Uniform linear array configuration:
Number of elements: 4
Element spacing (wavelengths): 0.75
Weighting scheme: hamming
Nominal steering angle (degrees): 15
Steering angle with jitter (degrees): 13.516
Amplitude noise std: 0.05
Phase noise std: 0.05

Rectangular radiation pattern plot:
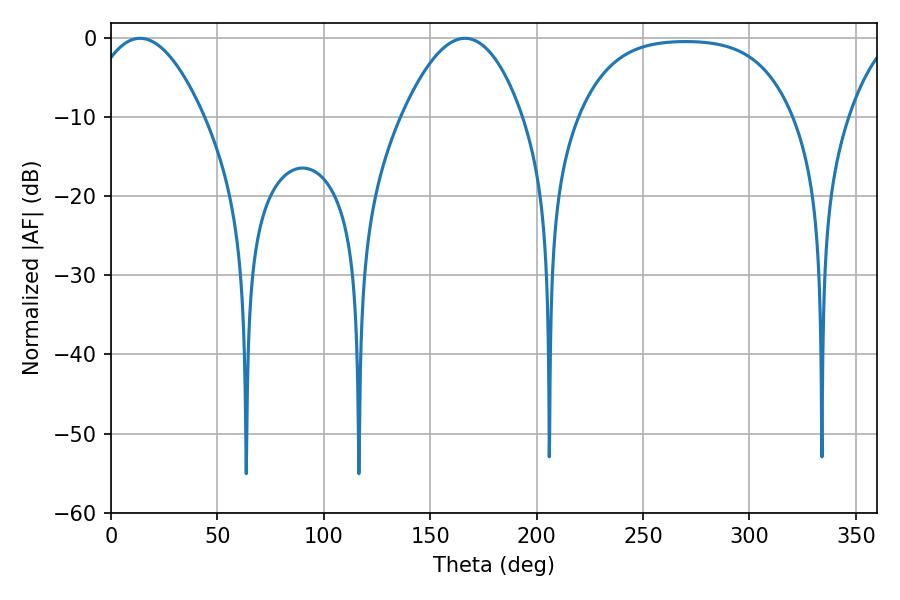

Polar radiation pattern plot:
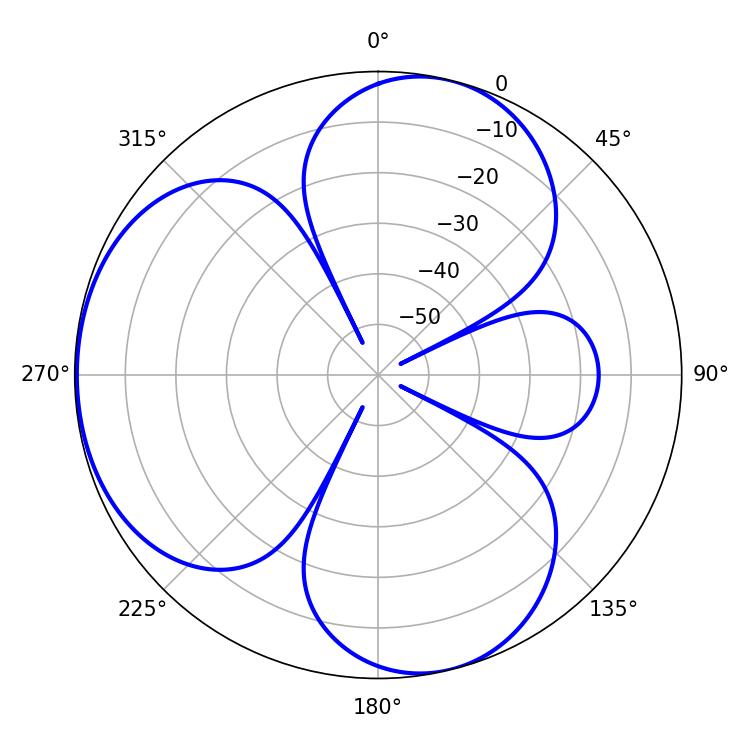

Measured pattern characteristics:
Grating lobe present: TRUE
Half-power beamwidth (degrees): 29.7
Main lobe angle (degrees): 13.68